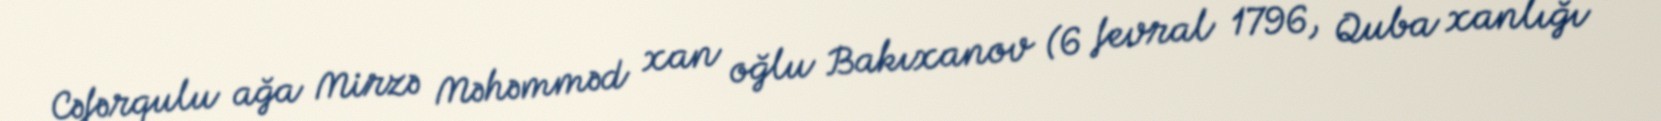
Cəfərqulu ağa Mirzə Məhəmməd xan oğlu Bakıxanov (6 fevral 1796, Quba xanlığı –